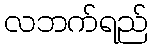
လဘက်ရည်